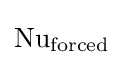
\mathrm {Nu} _{\mathrm {forced} }